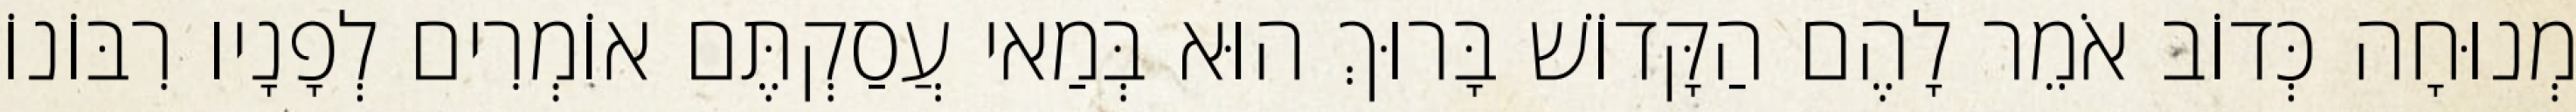
מְנוּחָה כְּדוֹב אֹמֵר לָהֶם הַקָּדוֹשׁ בָּרוּךְ הוּא בְּמַאי עֲסַקְתֶּם אוֹמְרִים לְפָנָיו רִבּוֹנוֹ